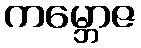
ကမ္ဘောဇ